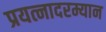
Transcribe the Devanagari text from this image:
प्रयत्नादरम्यान